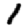
Digit: 1